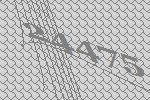
24475